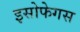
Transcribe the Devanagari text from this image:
इसोफेगस